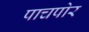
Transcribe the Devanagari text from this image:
पाचपोर